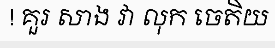
! គួរ សាង វា លុក ចេតិយ